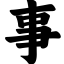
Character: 事